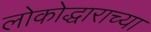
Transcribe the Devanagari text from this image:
लोकोद्धाराच्या